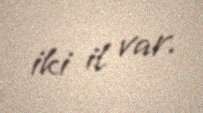
iki il var.